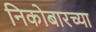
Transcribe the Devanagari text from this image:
निकोबारच्या